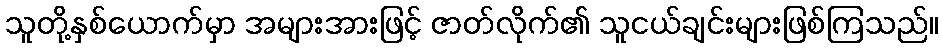
သူတို့နှစ်ယောက်မှာ အများအားဖြင့် ဇာတ်လိုက်၏ သူငယ်ချင်းများဖြစ်ကြသည်။